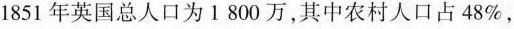
1851年英国总人口为1800万，其中农村人口占48%，